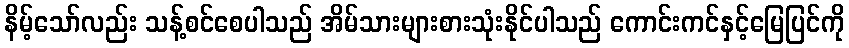
နိမ့်သော်လည်း သန့်စင်စေပါသည် အိမ်သားများစားသုံးနိုင်ပါသည် ကောင်းကင်နှင့်မြေပြင်ကို